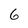
Character: 6